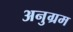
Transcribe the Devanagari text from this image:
अनुग्रम